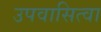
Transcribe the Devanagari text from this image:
उपवासित्वा